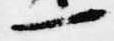
一